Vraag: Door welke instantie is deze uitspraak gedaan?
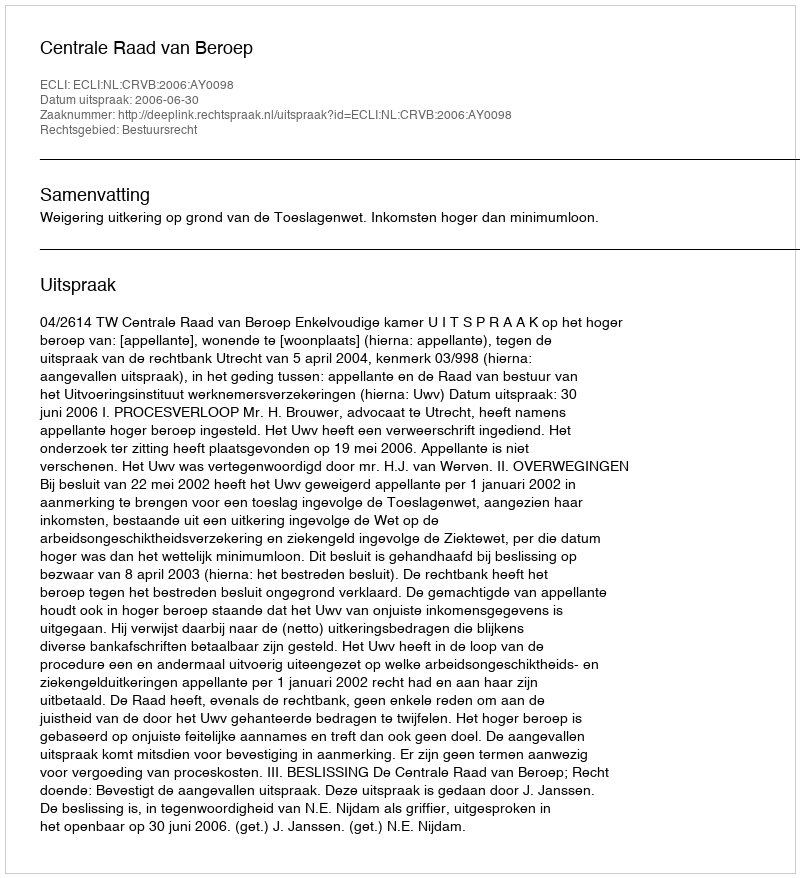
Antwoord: Centrale Raad van Beroep